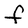
Character: F